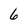
Character: 6